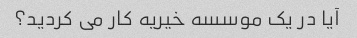
آیا در یک موسسه خیریه کار می کردید؟